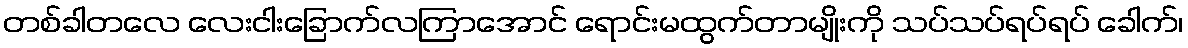
တစ်ခါတလေ လေးငါးခြောက်လကြာအောင် ရောင်းမထွက်တာမျိုးကို သပ်သပ်ရပ်ရပ် ခေါက်၊